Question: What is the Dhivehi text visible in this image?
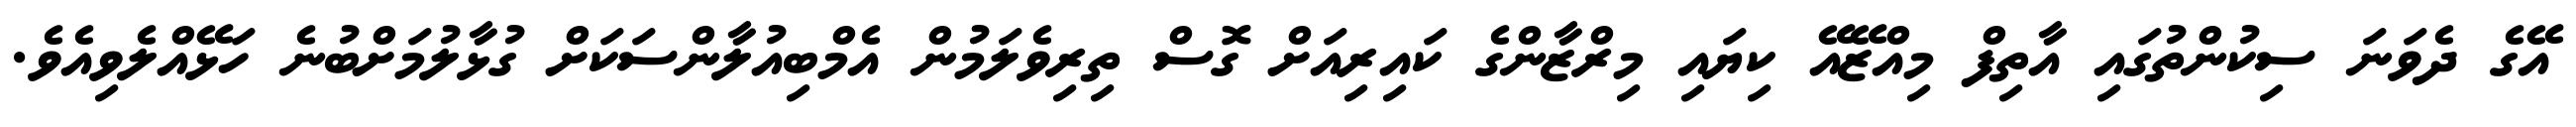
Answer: އޭގެ ދެވަނަ ސިކުންތުގައި އާތިފް މިއްޒޭއޭ ކިޔައި މިރްޒާންގެ ކައިރިއަށް ގޮސް ތިރިވެލަމުން އެމްބިއުލާންސަކަށް ގުޅާލުމަށްބުނެ ހަޅޭއްލެވިއެވެ.